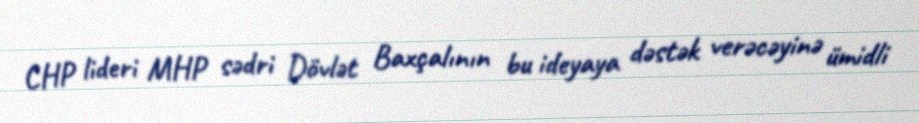
CHP lideri MHP sədri Dövlət Baxçalının bu ideyaya dəstək verəcəyinə ümidli